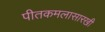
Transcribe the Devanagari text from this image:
पीतकमलासारखी